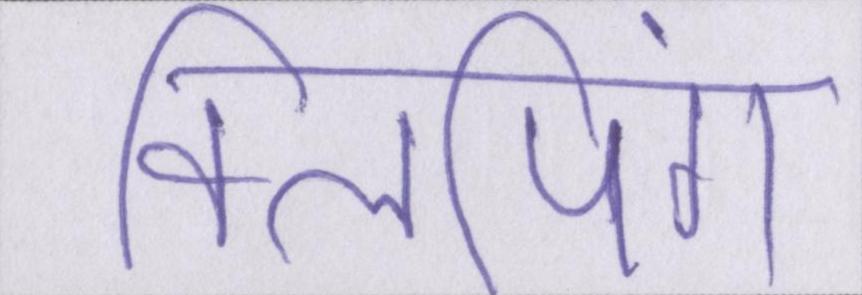
क्लिपिंग